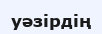
уәзірдің